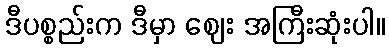
ဒီပစ္စည်းက ဒီမှာ ဈေး အကြီးဆုံးပါ။